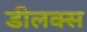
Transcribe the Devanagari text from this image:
डीलक्‍स